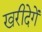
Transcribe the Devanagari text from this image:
खरीदेगें